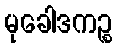
မုခေါဒကဉ္စ